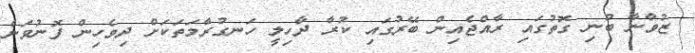
ޒުވާނާ ބުނި ގޮތުގައި ރާއްޖެއިން ބޭރުގައި ކުރާ ދާހިލީ ހަނގުރާމަތަކަށް ދިވެހިން ފޮނުވަން